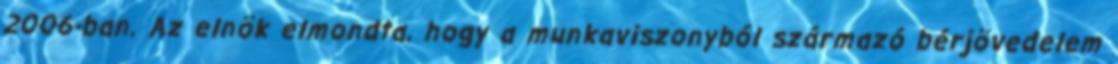
2006-ban. Az elnök elmondta, hogy a munkaviszonyból származó bérjövedelem